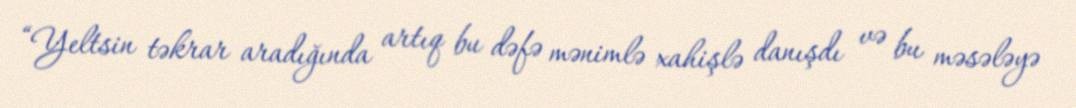
“Yeltsin təkrar aradığında artıq bu dəfə mənimlə xahişlə danışdı və bu məsələyə